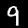
Label: 9